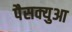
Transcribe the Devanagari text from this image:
पैसक्युआ